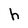
Character: h